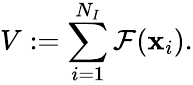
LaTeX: V:=\sum_{i=1}^{N_{I}}\mathcal{F}(\mathbf{x}_{i}).